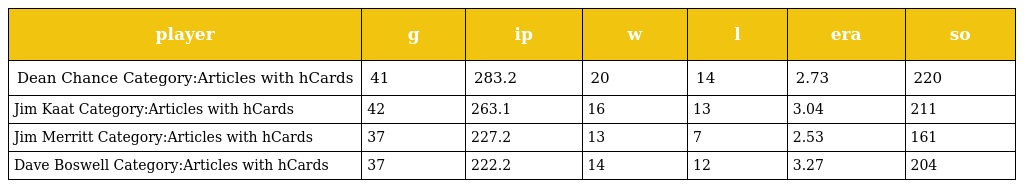
| player | g | ip | w | l | era | so |
 | --- | --- | --- | --- | --- | --- | --- |
 | Dean Chance Category:Articles with hCards | 41 | 283.2 | 20 | 14 | 2.73 | 220 |
 | Jim Kaat Category:Articles with hCards | 42 | 263.1 | 16 | 13 | 3.04 | 211 |
 | Jim Merritt Category:Articles with hCards | 37 | 227.2 | 13 | 7 | 2.53 | 161 |
 | Dave Boswell Category:Articles with hCards | 37 | 222.2 | 14 | 12 | 3.27 | 204 |